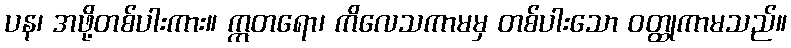
ပန၊ အဖို့တစ်ပါးကား။ ဣတရော၊ ကိလေသကာမမှ တစ်ပါးသော ဝတ္ထုကာမသည်။